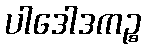
ပါဒေါဒကဉ္စ